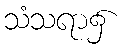
သံသရာ၌